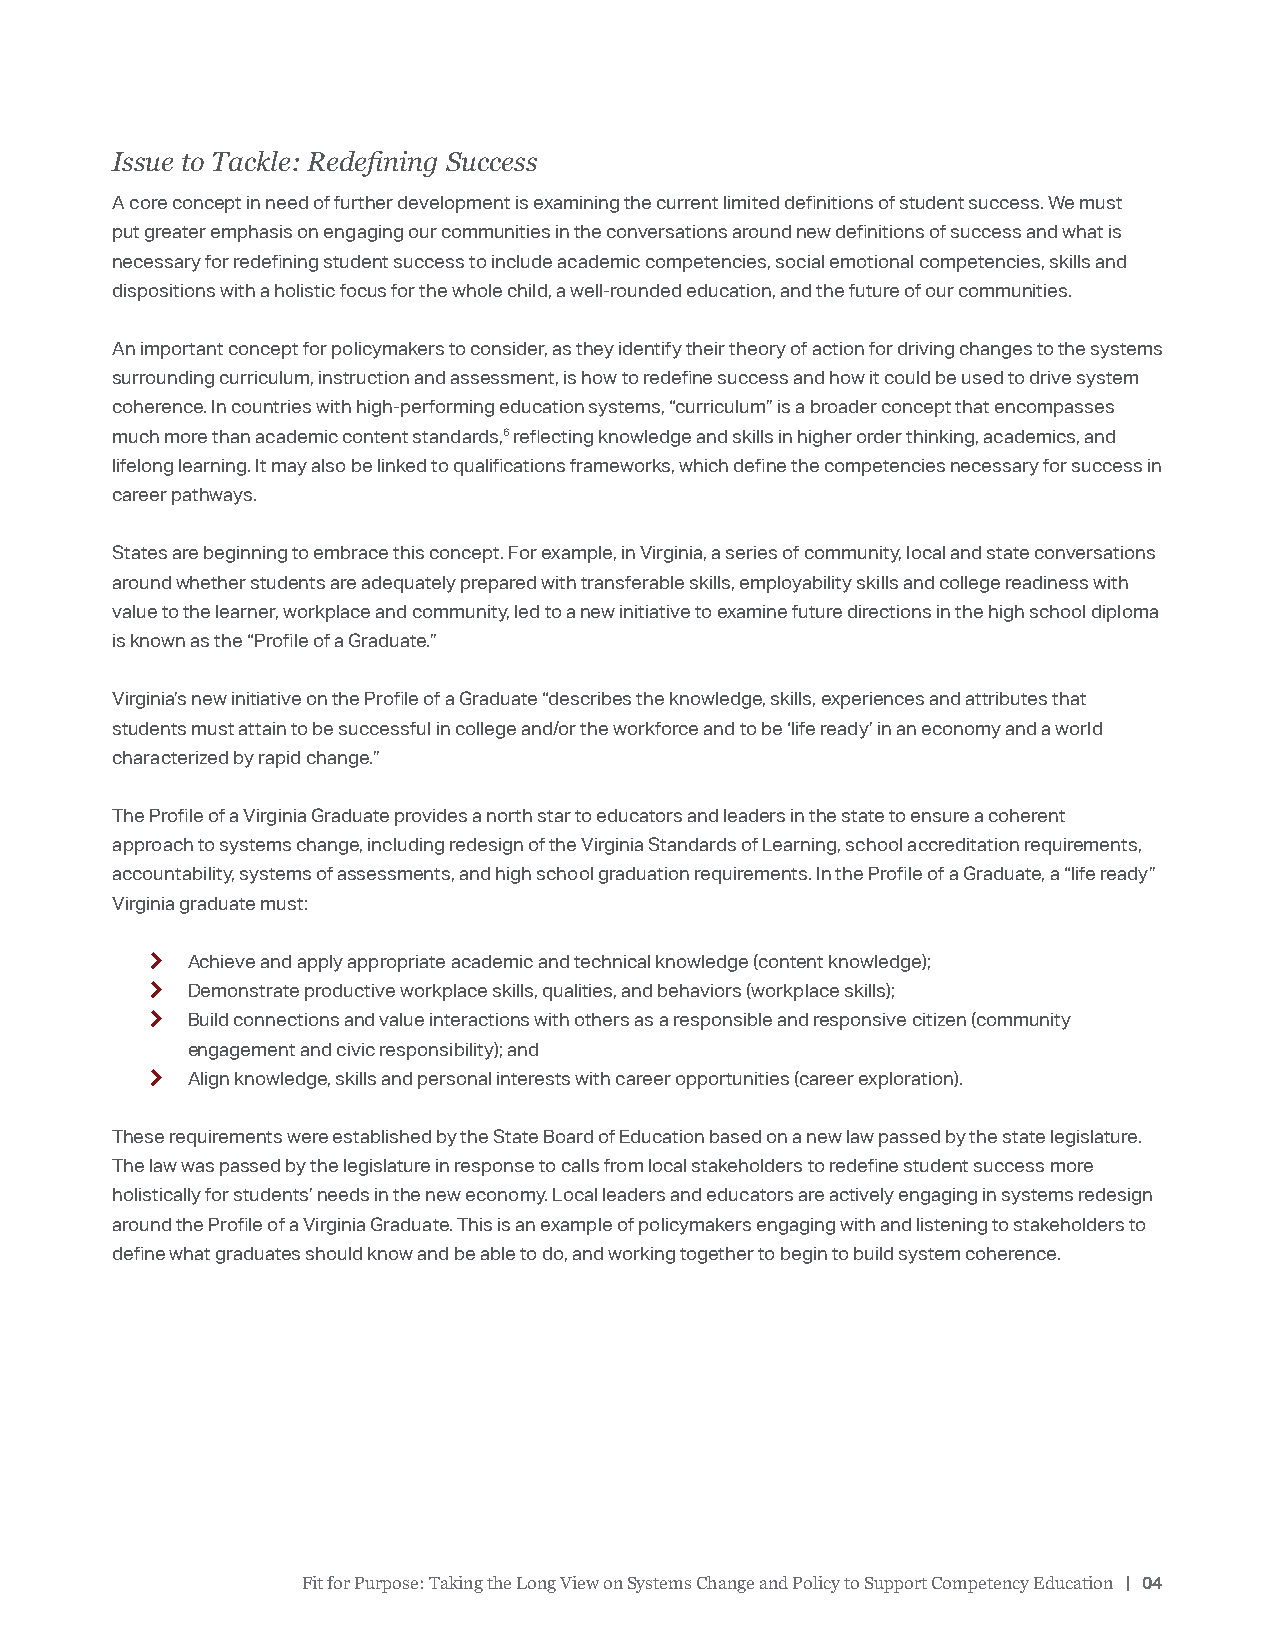
Issue to Tackle: Redefining Success
 A core concept in need of further development is examining the current limited definitions of student success. We must
 put greater emphasis on engaging our communities in the conversations around new definitions of success and what is
 necessary for redefining student success to include academic competencies, social emotional competencies, skills and
 dispositions with a holistic focus for the whole child, a well-rounded education, and the future of our communities.
 An important concept for policymakers to consider, as they identify their theory of action for driving changes to the systems
 surrounding curriculum, instruction and assessment, is how to redefine success and how it could be used to drive system
 coherence. In countries with high-performing education systems, “curriculum” is a broader concept that encompasses
 much more than academic content standards,6 reflecting knowledge and skills in higher order thinking, academics, and
 lifelong learning. It may also be linked to qualifications frameworks, which define the competencies necessary for success in
 career pathways.
 States are beginning to embrace this concept. For example, in Virginia, a series of community, local and state conversations
 around whether students are adequately prepared with transferable skills, employability skills and college readiness with
 value to the learner, workplace and community, led to a new initiative to examine future directions in the high school diploma
 is known as the “Profile of a Graduate.”
 Virginia’s new initiative on the Profile of a Graduate “describes the knowledge, skills, experiences and attributes that
 students must attain to be successful in college and/or the workforce and to be ‘life ready’ in an economy and a world
 characterized by rapid change.”
 The Profile of a Virginia Graduate provides a north star to educators and leaders in the state to ensure a coherent
 approach to systems change, including redesign of the Virginia Standards of Learning, school accreditation requirements,
 accountability, systems of assessments, and high school graduation requirements. In the Profile of a Graduate, a “life ready”
 Virginia graduate must:
 k Achieve and apply appropriate academic and technical knowledge (content knowledge);
 k Demonstrate productive workplace skills, qualities, and behaviors (workplace skills);
 k Build connections and value interactions with others as a responsible and responsive citizen (community
 engagement and civic responsibility); and
 k Align knowledge, skills and personal interests with career opportunities (career exploration).
 These requirements were established by the State Board of Education based on a new law passed by the state legislature.
 The law was passed by the legislature in response to calls from local stakeholders to redefine student success more
 holistically for students’ needs in the new economy. Local leaders and educators are actively engaging in systems redesign
 around the Profile of a Virginia Graduate. This is an example of policymakers engaging with and listening to stakeholders to
 define what graduates should know and be able to do, and working together to begin to build system coherence.
 Fit for Purpose: Taking the Long View on Systems Change and Policy to Support Competency Education | 04